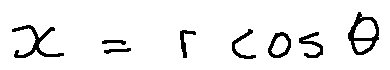
x = r \cos \theta